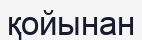
қойынан